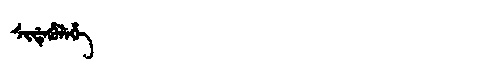
Manchu: ᠰᡳᡩᡝᡥᡠᠯᡝᡥᡝ
Romanization: SIDEHULEHE